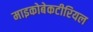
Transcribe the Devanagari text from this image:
माइकोबेकटीरियल